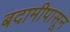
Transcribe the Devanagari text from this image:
बदामीपासून